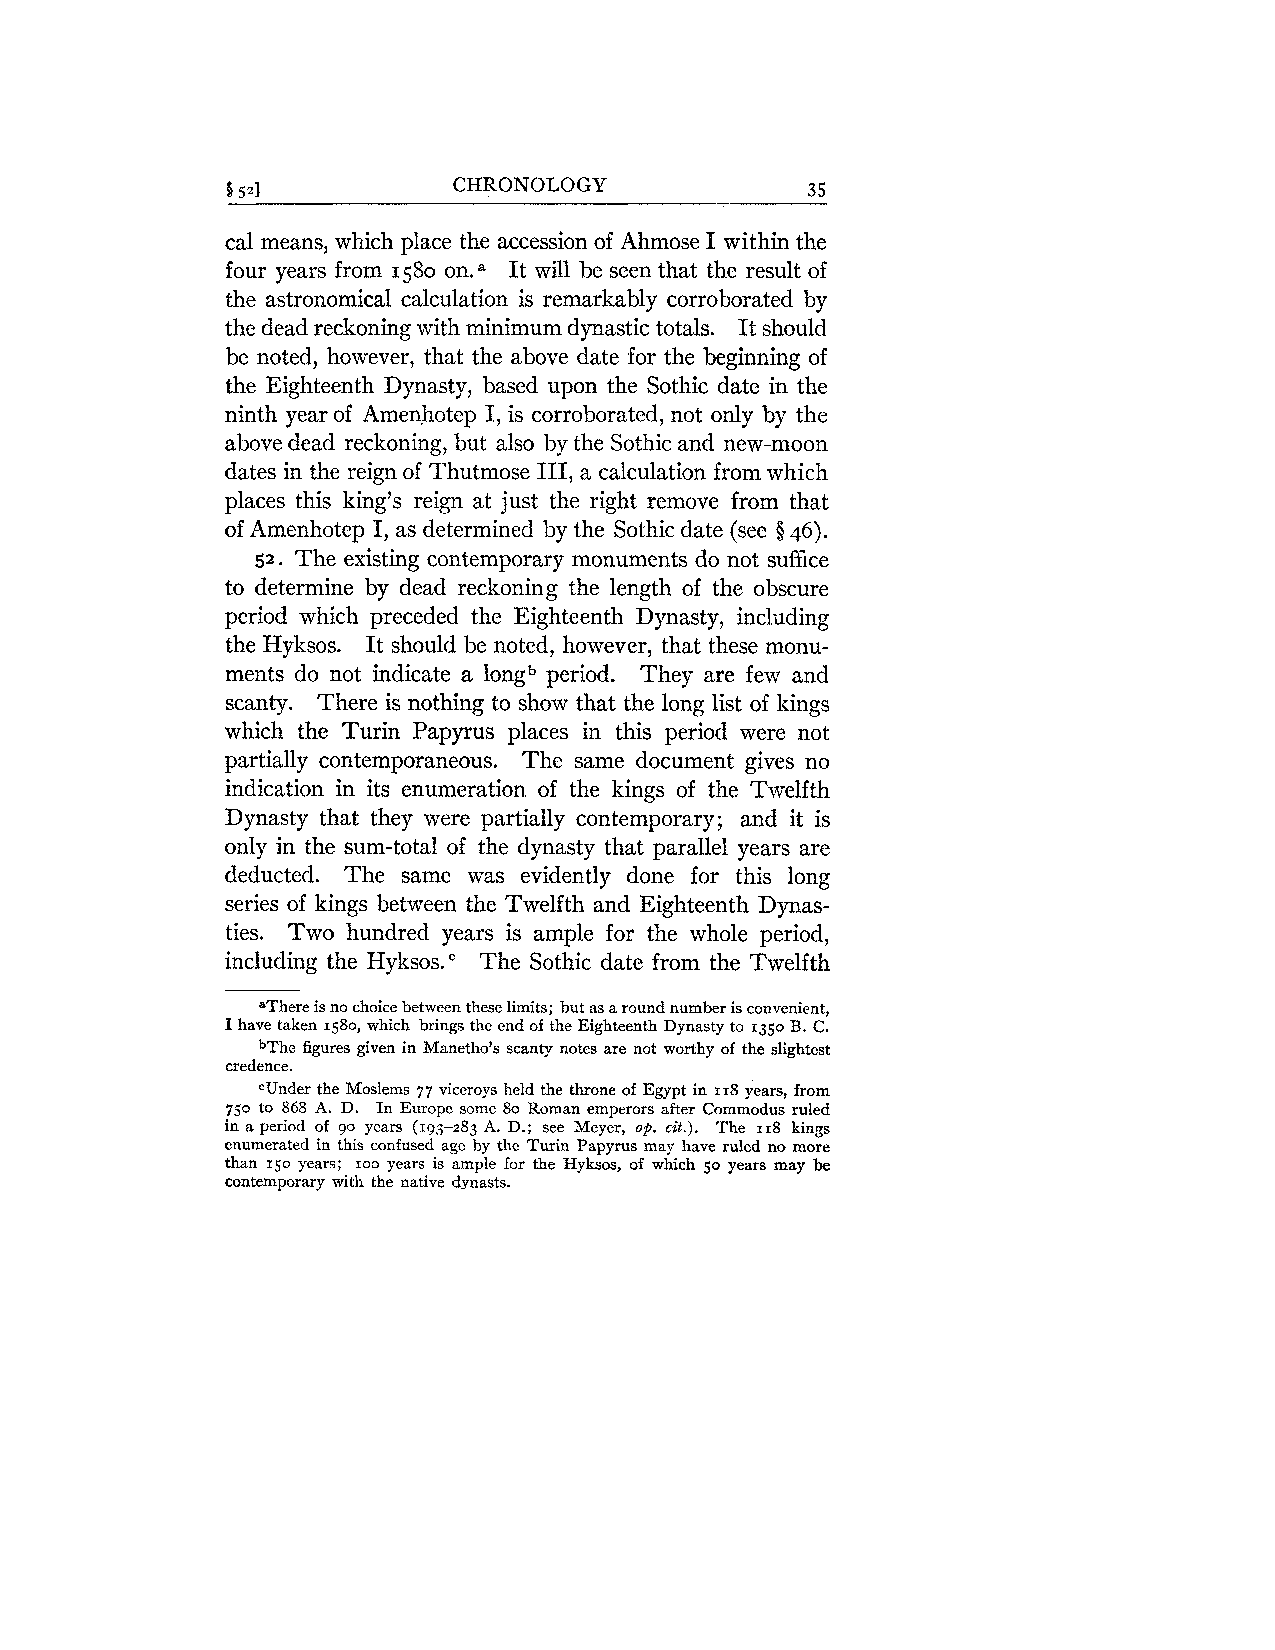
8 521          CHRONOLOGY             3 5
 cal means, which place the accession of Ahmose I within the
 four years from 1580 on. It will be seen that the result of
 a
 the astronomical calculation is remarkably corroborated by
 the dead reckoning with minimum dynastic totals. It should
 be noted, however, that the above date for the beginning of
 the Eighteenth Dynasty, based upon the Sothic date in the
 ninth year of Amenhotep I, is corroborated, not only by the
 above dead reckoning, but also by the Sothic and new-moon
 dates in the reign of Thutmose 111, a calculation from which
 places this king's reign at just the right remove from that
 of Amenhotep I, as determined by the Sothic date (see $46).
 52. The existing contemporary monuments do not suffice
 to determine by dead reckoning the length of the obscure
 period which preceded the Eighteenth Dynasty, including
 the Hyksos. It should be noted, however, that these monu-
 ments do not indicate a longb period. They are few and
 scanty. There is nothing to show that the long list of kings
 which the Turin Papyrus places in this period were not
 partially contemporaneous. The same document gives no
 indication in its enumeration of the kings of the Twelfth
 Dynasty that they were partially contemporary; and it is
 only in the sum-total of the dynasty that parallel years are
 deducted. The same was evidently done for this long
 series of kings between the Twelfth and Eighteenth Dynas-
 ties. Two hundred years is ample for the whole period,
 including the Hyksos." The Sothic date from the Twelfth
 aThere is no choice between these limits; hut as a round number is convenient,
 I have taken 1580, which brings the end of the Eighteenth Dynasty to 1350 B. C.
 bThe figures given in Manetho's scanty notes are not worthy of the slightest
 credence.
 CUnder the Moslems 77 viceroys held the throne of Egypt in 118 years, from
 750 to 868 A. D. In Europe some 80 Roman emperors after Commodus ruled
 in a period of 90 years (193-283 A. D.; see Meyer, op. cit.). The 118 kings
 enumerated in this confused age by the Turin Papyrus may have ruled no more
 than 150 years; IOO years is ample for the Hyksos, of which 50 years may be
 contemporary with the native dynasts.